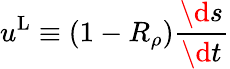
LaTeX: u^{\mathrm{L}}\equiv(1-R_{\rho})\frac{\d s}{\d t}